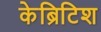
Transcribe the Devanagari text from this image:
केब्रिटिश